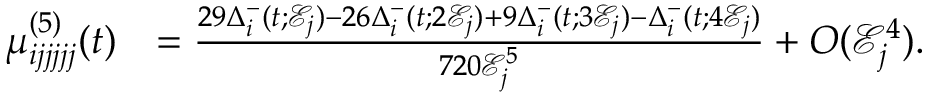
\begin{array} { r l } { \mu _ { i j j j j j } ^ { ( 5 ) } ( t ) } & { = \frac { 2 9 \Delta _ { i } ^ { - } ( t ; \mathcal { E } _ { j } ) - 2 6 \Delta _ { i } ^ { - } ( t ; 2 \mathcal { E } _ { j } ) + 9 \Delta _ { i } ^ { - } ( t ; 3 \mathcal { E } _ { j } ) - \Delta _ { i } ^ { - } ( t ; 4 \mathcal { E } _ { j } ) } { 7 2 0 \mathcal { E } _ { j } ^ { 5 } } + O ( \mathcal { E } _ { j } ^ { 4 } ) . } \end{array}